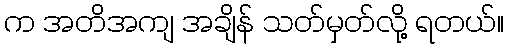
က အတိအကျ အချိန် သတ်မှတ်လို့ ရတယ်။